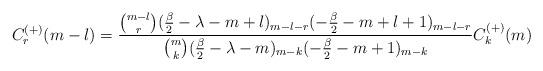
LaTeX: \begin{align*} C^{(+)}_r(m-l)=\frac{{ m-l\choose r} (\tfrac{\beta}{2}-\lambda-m+l)_{m-l-r}(-\tfrac{\beta}{2}-m+l+1)_{m-l-r}}{{m\choose k} (\tfrac{\beta}{2}-\lambda-m)_{m-k}(-\tfrac{\beta}{2}-m+1)_{m-k}} C^{(+)}_k(m) \end{align*}